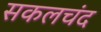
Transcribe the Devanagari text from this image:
सकलचंद